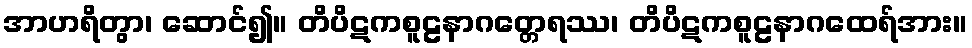
အာဟရိတွာ၊ ဆောင်၍။ တိပိဋကစူဠနာဂတ္တေရဿ၊ တိပိဋကစူဠနာဂထေရ်အား။